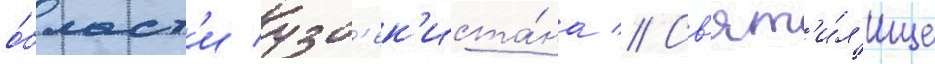
о́бласт'и узб'ек'иста́на // Св'ят'и́л'ище